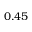
0 . 4 5